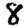
Digit: 8